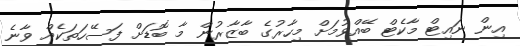
އިން ނައިޓް މާކެޓް ބޭއްވުމަށް މިހާރުގެ ބާޒާރުން މާ ބޮޑަށް ފަސޭހަތަކެއް ވާނެ